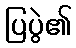
ပြပွဲ၏